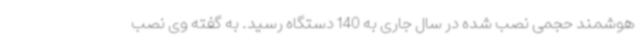
هوشمند حجمی نصب شده در سال جاری به 140 دستگاه رسید. به گفته وی نصب